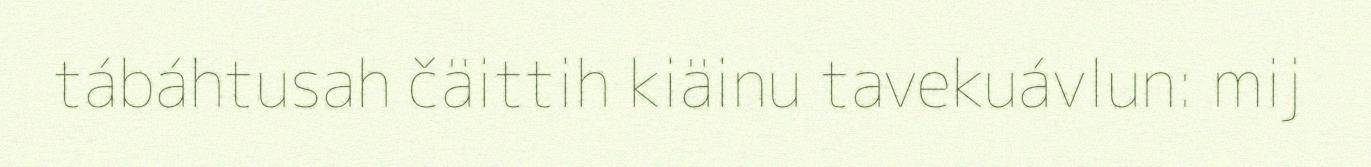
tábáhtusah čäittih kiäinu tavekuávlun: mij